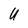
Character: U